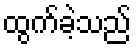
ထွက်ခဲ့သည်